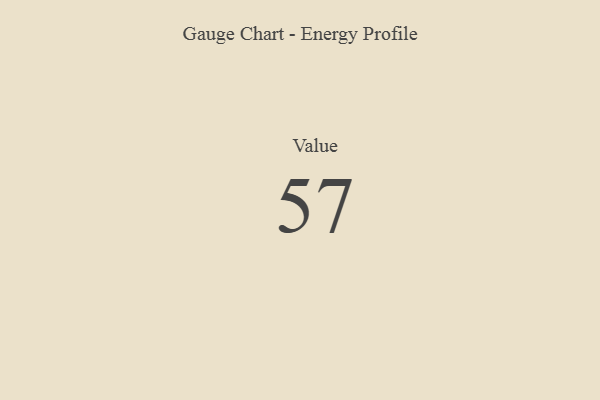
{"axis": {"x": "Metric", "y": "Value"}, "legend": [""], "data": [{"x": "Value", "y": 57, "type": ""}]}